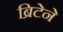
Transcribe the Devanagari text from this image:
ब्रिटेने